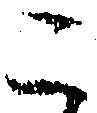
こ